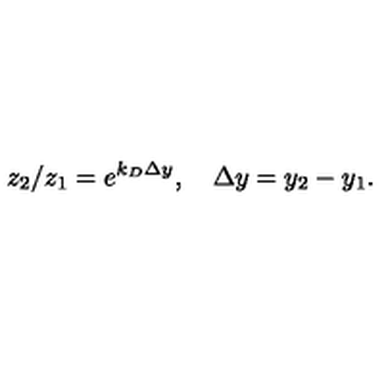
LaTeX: z _ { 2 } / z _ { 1 } = e ^ { k _ { D } \Delta y } , \quad \Delta y = y _ { 2 } - y _ { 1 } .